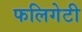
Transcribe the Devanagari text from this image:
फलिगेटी